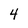
Character: 4